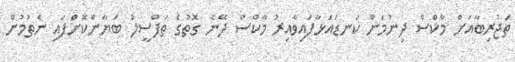
ތަޖުރިބާއަށް މާކްސް ދިނުމަށް ކަނޑައަޅާފައިވާއިރު މާކްސް ދޭނެ ގޮތުގެ ތަފްސީލު ބަޔާންކޮށްފައި ނެތުމުން